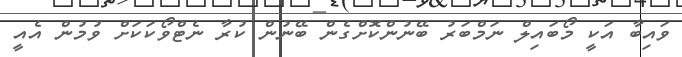
ވައިބާ އަކީ މޯބައިލް ނަމްބަރު ބޭނުންކޮށްގެން ބޭނުން ކުރާ ނެޓްވޯކަކަށް ވުމުން އެއީ